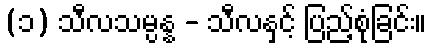
(၁) သီလသမ္ပန္န - သီလနှင့် ပြည့်စုံခြင်း။